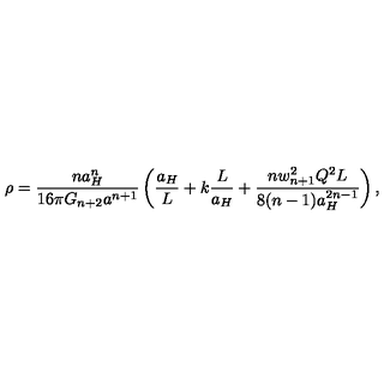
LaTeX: \rho = { \frac { n a _ { H } ^ { n } } { 1 6 \pi G _ { n + 2 } a ^ { n + 1 } } } \left( { \frac { a _ { H } } { L } } + k { \frac { L } { a _ { H } } } + { \frac { n w _ { n + 1 } ^ { 2 } Q ^ { 2 } L } { 8 ( n - 1 ) a _ { H } ^ { 2 n - 1 } } } \right) ,